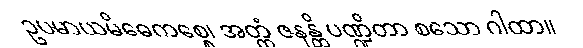
ဥပမာယမိဓေကစ္စေ၊ အတ္ထံ ဇနန္တိ ပဏ္ဍိတာ စသော ဂါထာ။